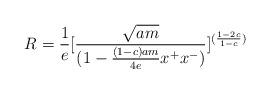
LaTeX: \begin{align*}R={1 \over e}[{ \sqrt{am} \over (1-{(1-c)am \over 4e} x^+ x^-)}]^{ ({1-2c \over 1-c})}\end{align*}